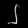
Digit: ၂